Lunatic asylums in Bengal annual reports 1899-1911 - 1899-1911
Year: 1899
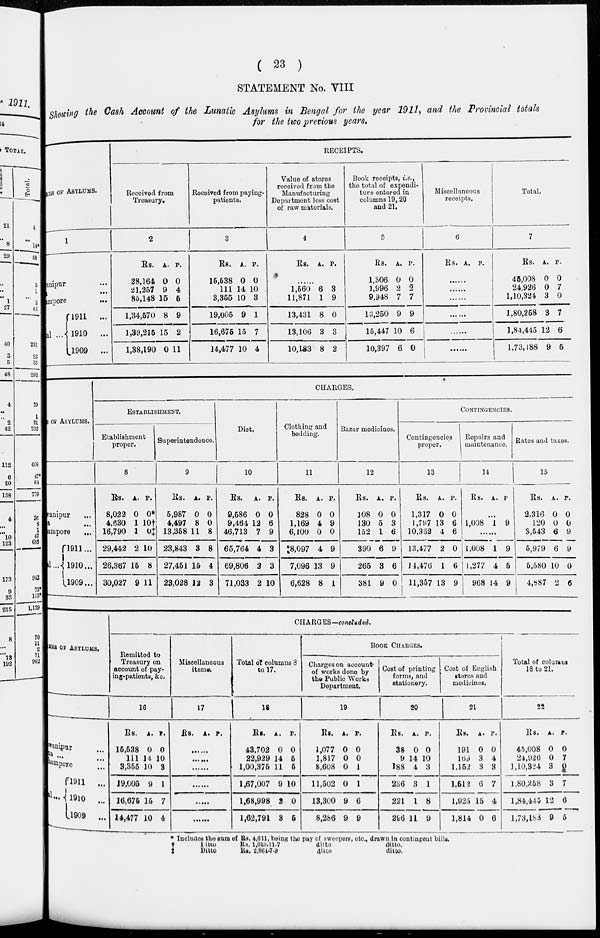
( 23 )
STATEMENT No. VIII
Showing the Cash Account of the Lunatic Asylums in Bengal for the year 1911, and the Provincial totals
for the two previous years.
IES OF ASYLUMS.
1
Bhawanipur.
...
Berhampur.
al ... l911
...
1910
...
1909
...
RECEIPTS.
Received from
Treasury.
2
Rs.
28,164
21,257
86,148
1,34,570
1,39,215
1,38,190
A.
0
9
15
8
15
0
P.
0
4
5
9
2
11
Received from paying-
patients.
3
Rs.
16,538
111
3,355
19,005
16,675
14,477
A.
0
14
10
9
15
10
P.
0
10
3
1
7
4
Value of stores
roceived from the
Manufacturing
Dopartment less cost
of raw materials.
4
Rs. A. P.
......
1,560
11,871
13,431
13,106
10,133
6
1
8
3
8
3
9
0
3
2
Book receipts, i.e.,
the total of expendi-
ture entered in
columns 19,20
and 21,
5
Rs.
1,306
1,996
9,948
13,250
15,447
10,397
A.
0
2
7
9
10
6
P.
0
2
7
9
6
0
Miscellaneous
receipts.
6
Rs. A. P.
......
......
......
......
......
......
Total.
7
Rs.
45,008
24,926
1,10,324
1,80,258
1,84,445
1,73,188
A.
0
0
3
3
12
9
P.
0
7
0
7
6
6
OF ASYLUMS.
Bhawanipur ...
Patna ...
Berhampur ...
Total ...
1911 ...
1910 ...
1909 ...
CHARGES.
ESTABLISHMENT.
Etabliehment
proper.
8
Rs.
8,022
4,630
16,790
29,442
26,367
30,027
A.
0
1
1
2
15
9
P.
0*
10†
0‡
10
8
11
Superintendence.
9
Rs.
5,987
4,497
13,358
23,843
27,451
23,028
A.
0
8
11
3
15
12
P.
0
0
8
8
4
3
Diet.
10
Rs.
9,586
9,464
46,713
66,764
69,806
71,033
A.
0
12
7
4
2
2
P.
0
6
9
3
3
10
Clothing and
bedding.
11
Rs.
828
1,169
6,100
8,097
7,096
6,628
A.
0
4
0
4
13
8
P.
0
9
0
9
9
1
Bazar medicines.
12
Rs.
108
130
152
390
265
381
A.
0
5
1
6
3
9
P.
0
3
6
9
6
0
CONTINGENCIES.
Contingencies
proper.
13
Rs.
1,317
1,797
10,362
13,477
14,476
11,357
A.
0
13
4
2
1
13
P.
0
6
6
0
6
9
Repairs and
maintenance.
14
Rs. A. P
...
1,008 1 9
......
1,008
1,277
968
1
4
14
9
5
9
Rates and taxes.
15
Rs.
2,316
120
3,543
5,979
5,580
4,887
A.
0
0
6
6
10
2
P.
0
0
9
9
0
6
IES OF ASYLUMS.
Bhawanipur ...
Berhampore ...
Total ...
1911 ...
1910 ...
1909 ...
CHARGES—concluded.
Remitted to
Treasury on
account of pay-
ing-patients, &c.
16
Rs.
16,538
111
3,355
19,005
16,675
14,477
A.
0
14
10
9
16
10
P.
0
10
3
1
7
4
Miscellaneous
items;
17
Rs. A. P.
......
......
......
......
......
......
Total of columns 3
to 17.
18
Rs.
43,702
22,929
1,00,375
1,67,007
1,68,998
1,62,791
A.
0
14
11
9
2
3
P.
0
5
5
10
0
5
BOOK CHARGES.
Charges on account
of works done by
the Public Works
Department.
19
Rs.
1,077
1,817
8,608
11,502
13,300
8,286
A.
0
0
0
0
9
9
P.
0
0
1
1
6
9
Cost of printing
forms, and
stationery.
20
Rs.
38
9
188
236
221
296
A.
0
14
4
3
1
11
P.
0
10
3
1
8
9
Cost of English
stores and
medicines.
21
Rs.
191
169
1,152
1,512
1,925
1,814
A.
0
3
3
6
15
0
P.
0
4
3
7
4
6
Total of columns
18 to 21.
22
RS.
45,008
24,926
1,10,324
1,80,258
184,445
1,73,183
A.
0
0
3
3
12
9
P.
0
7
8
7
6
5